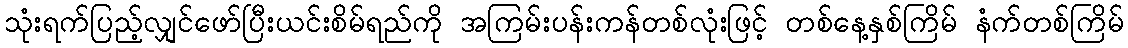
သုံးရက်ပြည့်လျှင်ဖော်ပြီးယင်းစိမ်ရည်ကို အကြမ်းပန်းကန်တစ်လုံးဖြင့် တစ်နေ့နှစ်ကြိမ် နံက်တစ်ကြိမ်